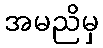
အမညိမှ